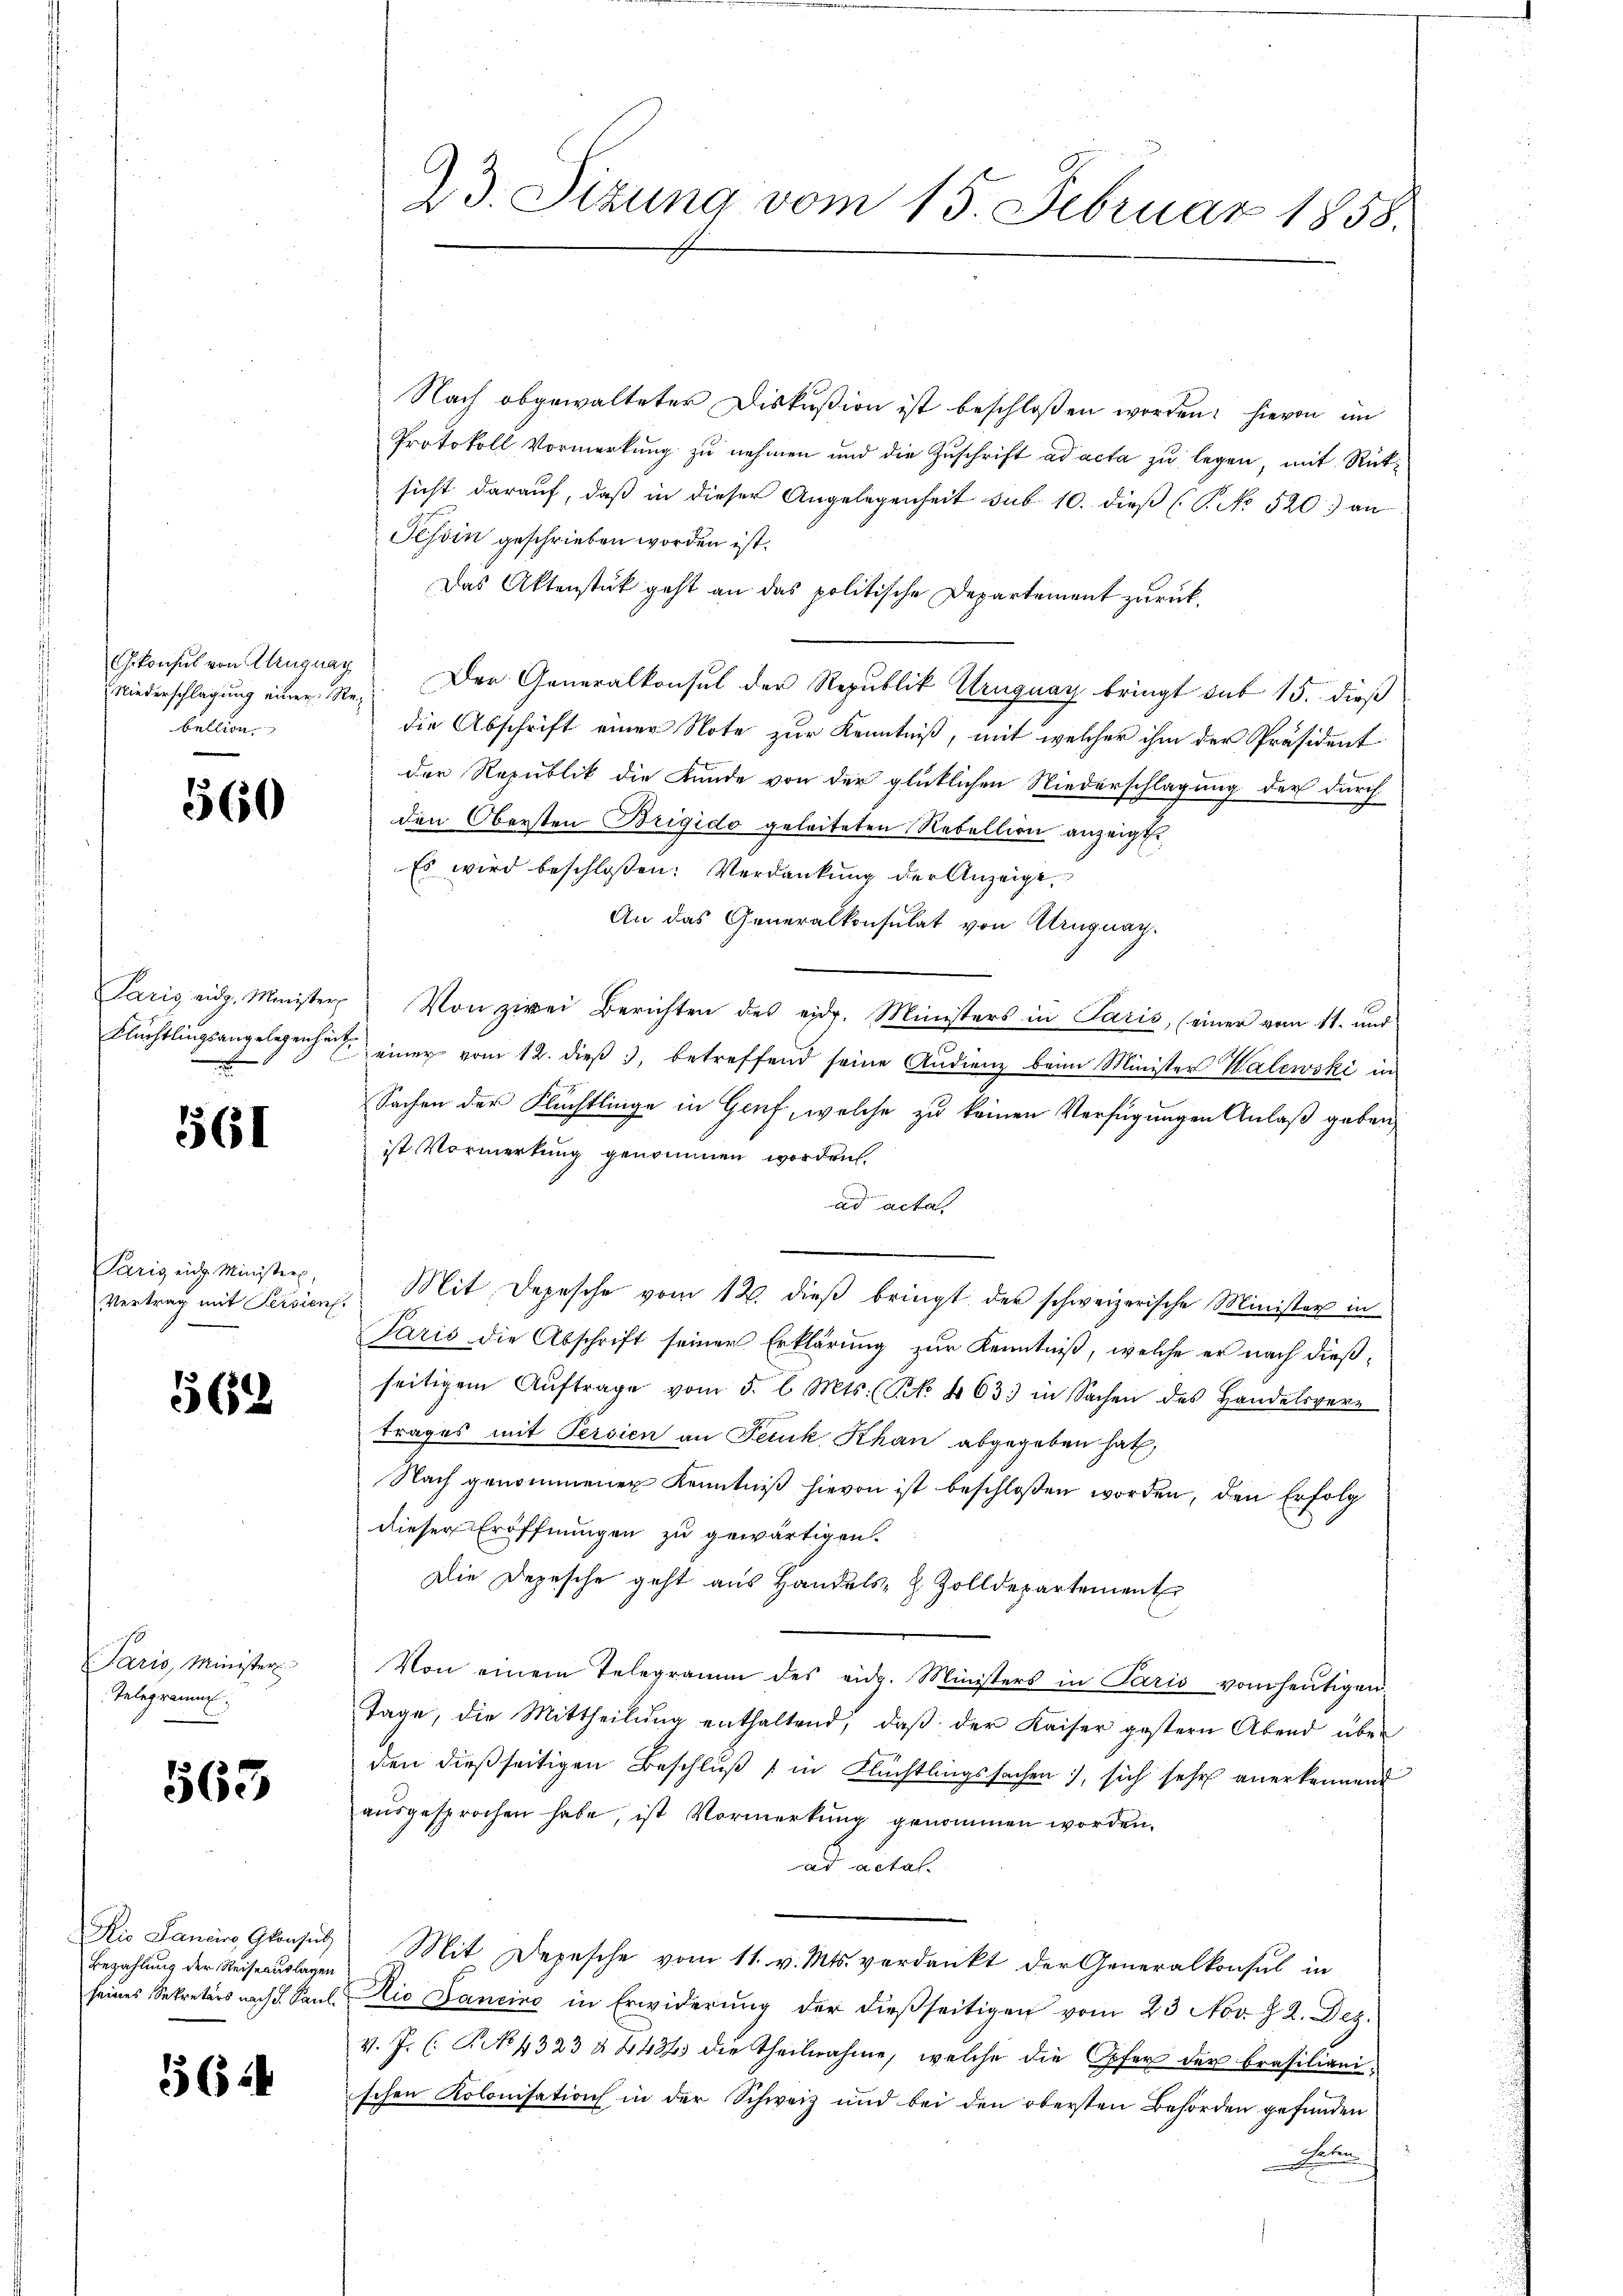
Niederschlagung einer Rebellin

560

561

Paris eich Ministers,
Vertrag mit Persien.

562

Paris, Minister
Telegramm

565

Dio Sanciers Gfensel
Bezahlung der Reiseauslagen
seines Sekretärs nach S. Paul

362

23. Sizung vom 15. Februar 1858.

Nach abgewalteter Diskußion ist beschloßen worden. Hievon im
Protokoll Vormerkŭng zŭ nehmen und die Zŭschrift ad acta zu legen, mit Rücksicht darauf, daß in dieser Angelegenheit sub 10. dieß (P No 520) an
Tessin geschrieben worden ist.
Das Aktenstück geht an das politische Departement zurück¬
Gkonsul von Uruguay. Der Generalkonsul der Republik Uruguay bringt sub 15. dieß
die Abschrift einer Note zur Kenntniß, mit welcher ihm der Präsident
der Republik die Kunde von der glücklichen Niederschlagung der durch
den Obersten Brigido geleiteten Rebellion anzeigt.
Es wird beschloßen: Verdankung der Anzeige
An das Generalkonsulat von Alruguay.
Paris eidg. Minister. Von zwei Berichten des eidg. Ministers in Paris, (einer vom 11. und
Flüchtlingsangelegenheit einer vom 12. dieβ, betreffend seine Audienz beim Minister Walewski in
Sachen der Flüchtlinge in Genf, welche zu keinen Verfügungen Anlaß geben,
ist Vormerkung genommen worden.
ad acta.
Mit Depesche vom 12. dieβ bringt der schweizerische Minister in
Paris die Abschrift seiner Erklärŭng zŭr Kenntniß, welche er nach dießseitigem Aŭftrage vom 5. l. Mts. Nr. 463. in Sachen des Handelsver-
trages mit Persien an Feiuk Khan abgegeben hat,
Nach genommener Kenntniβ hievon ist beschlossen worden, den Erfolg
dieser Eröffnungen zu gewärtigen.
Die Depesche geht aus Handels- Z. Zolldepartement
Von einem Telegramm des eidg. Ministers in Paris vom heutigen
Tage, die Mittheilŭng enthaltend, daβ der Kaiser gestern Abend über
den dießseitigen Beschluß 1 in Flächtlingssachen, sich sehr anerkennend
ausgesprochen habe, ist Vormerkung genommen worden.
ad actal.
Mit Depesche vom 11. v. Mts. verdankt der Generalkonsul in
Nio Bancino in Erwiderŭng der dießseitigen vom 23 Nov. § 2. Dez.
V. J. C. R. No. 4323 § 443 die Theilnahme, welche die Opfer der Brasilianischen Kolonisation in der Schweiz und bei den obersten Behörden gefunden
Chaten.
n